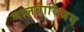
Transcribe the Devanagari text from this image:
मालवाविजय